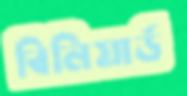
বিলিয়ার্ড